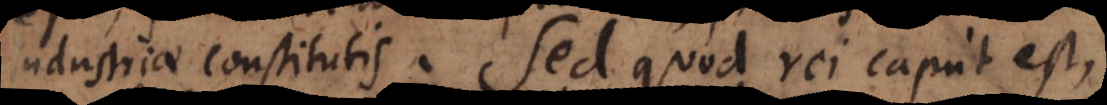
industriae constitutis. Sed quod rei caput est,